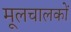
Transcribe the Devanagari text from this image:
मूलचालकों